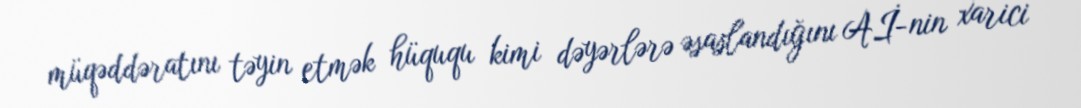
müqəddəratını təyin etmək hüququ kimi dəyərlərə əsaslandığını Aİ-nin xarici